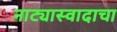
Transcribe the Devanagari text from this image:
नाट्यास्वादाचा